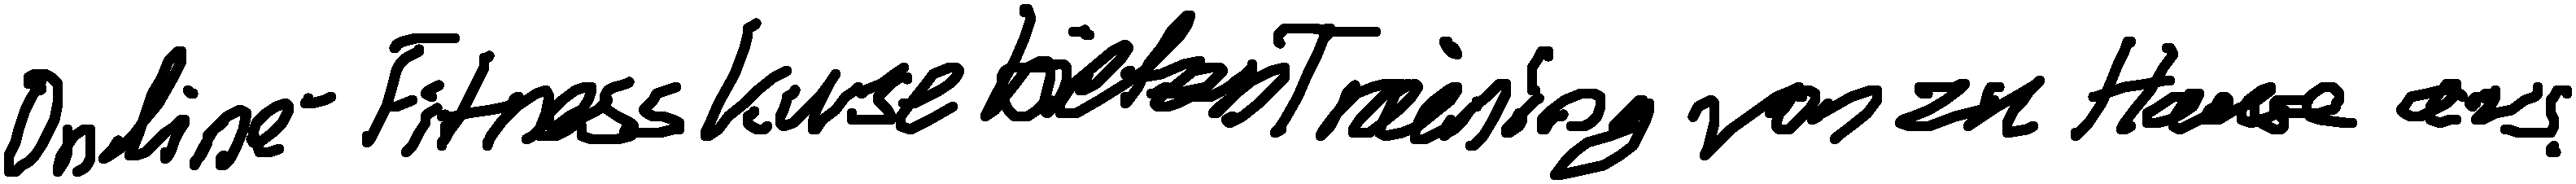
Online-Fitnesskurse bieten Training von zu Hause aus.